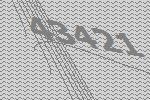
43421